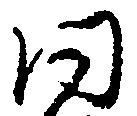
同